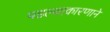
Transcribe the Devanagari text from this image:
पडल्याकारणाने